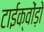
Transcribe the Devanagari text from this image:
टाईक्वोंड़ो